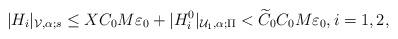
LaTeX: \begin{align*}|H_i|_{\mathcal{V},\alpha;s} \leq XC_0M\varepsilon_0+|H_i^0|_{\mathcal{U}_1,\alpha;\Pi}< \widetilde{C}_0C_0M\varepsilon_0,i=1,2,\end{align*}